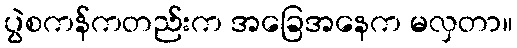
ပွဲစကန်ကတည်းက အခြေအနေက မလှတာ။